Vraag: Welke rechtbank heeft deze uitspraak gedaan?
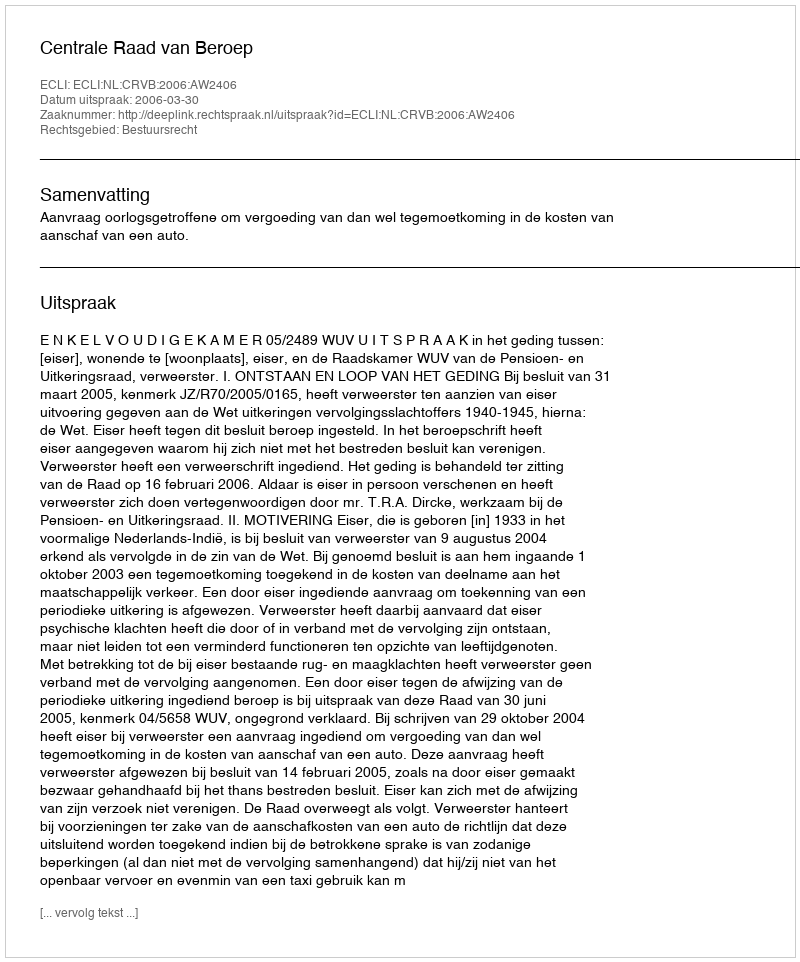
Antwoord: Centrale Raad van Beroep